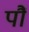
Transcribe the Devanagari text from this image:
पौं